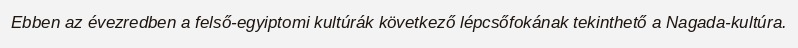
Ebben az évezredben a felső-egyiptomi kultúrák következő lépcsőfokának tekinthető a Nagada-kultúra.